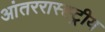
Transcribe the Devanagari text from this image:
आंतररास्ह्ट्रीय